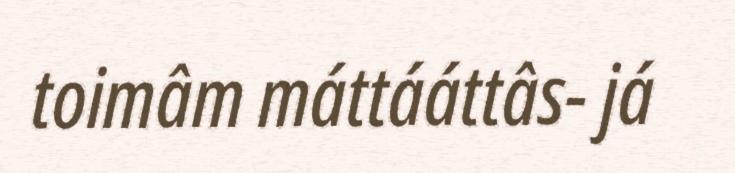
toimâm máttááttâs- já